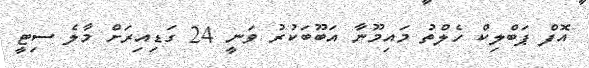
އޮފް ޕަބްލިކް ހެލްތު މައިމޫނާ އަބޫބަކުރު ވަނީ 24 ގަޑިއިރަށް މާލެ ސިޓީ